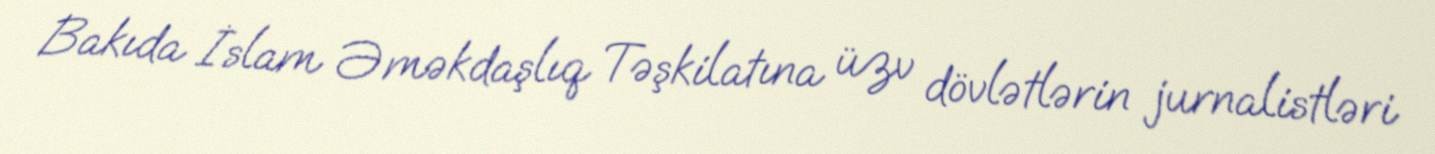
Bakıda İslam Əməkdaşlıq Təşkilatına üzv dövlətlərin jurnalistləri